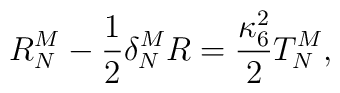
R_{N}^{M}-\frac{1}{2}\delta _{N}^{M}R=\frac{\kappa _{6}^{2}}{2}T_{N}^{M},